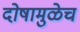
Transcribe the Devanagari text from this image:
दोषामुळेच